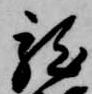
龍